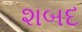
શબદ